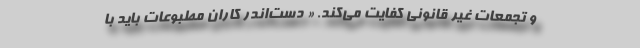
و تجمعات غیر قانونی کفایت می‌کند. « دست‌اندر کاران مطبوعات باید با